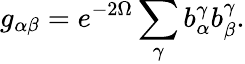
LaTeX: g_{\alpha\beta}=e^{-2\Omega}\sum_{\gamma}b_{\alpha}^{\gamma}b_{\beta}^{\gamma}.